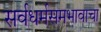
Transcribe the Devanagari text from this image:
सर्वधर्मसमभावाचा